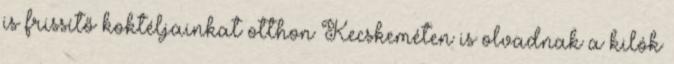
is frissítő koktéljainkat otthon Kecskeméten is olvadnak a kilók